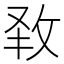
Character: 𭣧